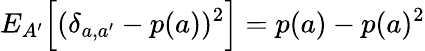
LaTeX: {E}_{A^{\prime}}\Big[(\delta_{a,a^{\prime}}-p(a))^{2}\Big]=p(a)-p(a)^{2}